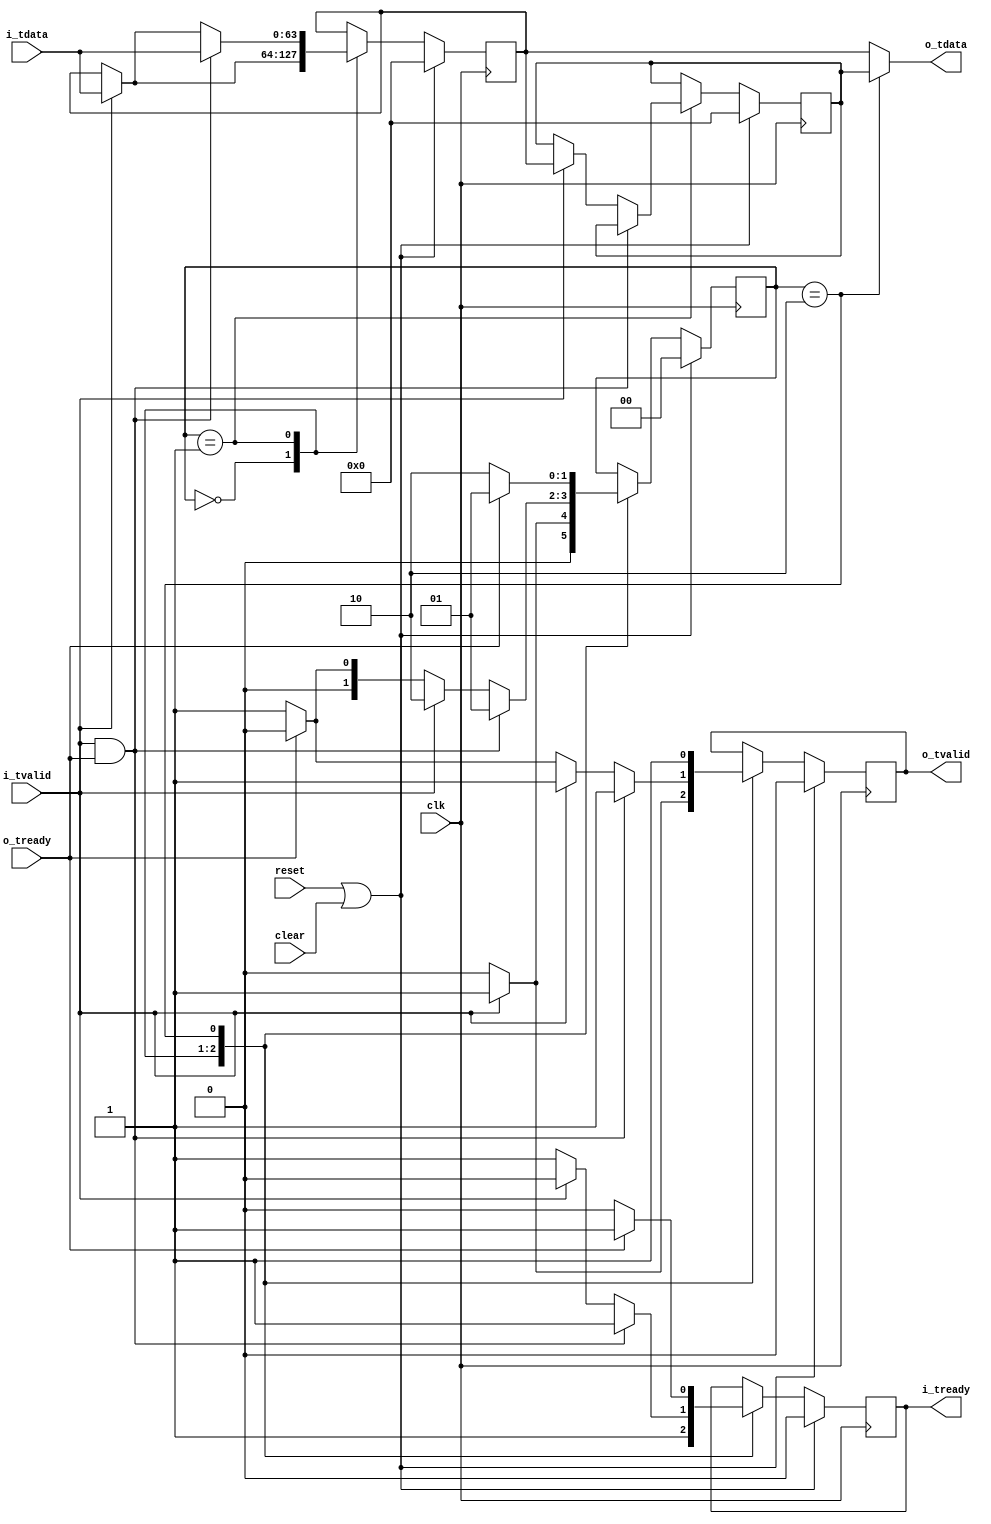
//
// Ultra fast critical path FIFO.
// Only 2 entrys but no combinatorial feed through paths
//


module axi_fast_fifo
  #(parameter WIDTH=64)
  (
   input clk,
   input reset,
   input clear,
   //
   input [WIDTH-1:0] i_tdata,
   input i_tvalid,
   output reg i_tready,
   //
   output [WIDTH-1:0] o_tdata,
   output reg o_tvalid,
   input  o_tready
   );

   reg [WIDTH-1:0] data_reg1, data_reg2;

   reg [1:0] 	   state;
   
   localparam EMPTY = 0;
   localparam HALF = 1;
   localparam FULL = 2;
   
   always @(posedge clk) 
     if (reset | clear) begin
	state <= EMPTY;
	data_reg1 <= 0;
	data_reg2 <= 0;
	o_tvalid <= 1'b0;
	i_tready <= 1'b0;
	
     end else begin
	case (state)
	  // Nothing in either register.
	  // Upstream can always push data to us.
	  // Downstream has nothing to take from us.
	  EMPTY: begin
	     if (i_tvalid) begin
		data_reg1 <= i_tdata;
		state <= HALF;
		i_tready <= 1'b1;
		o_tvalid <= 1'b1;
	     end else begin
		state <= EMPTY;
		i_tready <= 1'b1;
		o_tvalid <= 1'b0;
	     end
	  end
	  // First Register Full.
	  // Upstream can always push data to us.
	  // Downstream can always read from us.
	  HALF: begin
	     if (i_tvalid && o_tready) begin
		data_reg1 <= i_tdata;
		state <= HALF;
		i_tready <= 1'b1;
		o_tvalid <= 1'b1;
	     end else if (i_tvalid) begin
		data_reg1 <= i_tdata;
		data_reg2 <= data_reg1;
		state <= FULL;
		i_tready <= 1'b0;
		o_tvalid <= 1'b1;
	     end else if (o_tready) begin
		state <= EMPTY;
		i_tready <= 1'b1;
		o_tvalid <= 1'b0;
	     end else begin
		state <= HALF;
		i_tready <= 1'b1;
		o_tvalid <= 1'b1;
	     end
	  end // case: HALF
	  // Both Registers Full.
	  // Upstream can not push to us in this state.
	  // Downstream can always read from us.
	  FULL: begin
	     if (o_tready) begin
		state <= HALF;
		i_tready <= 1'b1;
		o_tvalid <= 1'b1;
	     end
	     else begin
		state <= FULL;
		i_tready <= 1'b0;
		o_tvalid <= 1'b1;
	     end
	  end
	endcase // case(state)
     end // else: !if(reset | clear)

   assign o_tdata = (state == FULL) ? data_reg2 : data_reg1;
   

endmodule // axi_fast_fifo